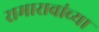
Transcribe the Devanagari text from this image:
रामारावांच्या